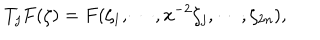
T _ { j } F ( \zeta ) = F ( \zeta _ { 1 } , \cdots , x ^ { - 2 } \zeta _ { j } , \cdots , \zeta _ { 2 n } ) ,